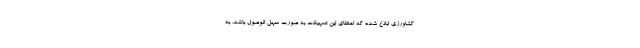
کشاورزی ابلاغ شده که اعطای این تسهیلات به صورت سهل الوصول باشد. به